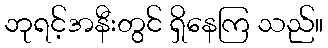
ဘုရင့်အနီးတွင် ရှိနေကြ သည်။